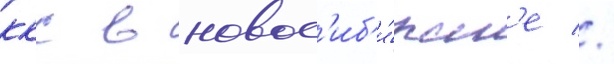
ккс в новос'иб'и́рск'е //